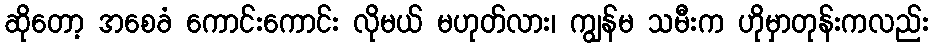
ဆိုတော့ အစေခံ ကောင်းကောင်း လိုမယ် မဟုတ်လား၊ ကျွန်မ သမီးက ဟိုမှာတုန်းကလည်း